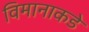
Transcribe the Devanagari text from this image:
विमानाकडे